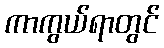
ကာကွယ်ရာတွင်